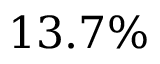
1 3 . 7 \%